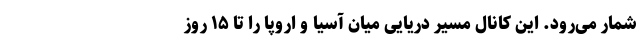
شمار می‌رود. این کانال مسیر دریایی میان آسیا و اروپا را تا ۱۵ روز